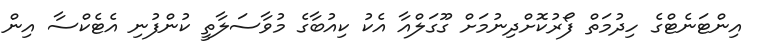
އިންޓަނެޓްގެ ހިދުމަތް ފޯރުކޮށްދިނުމަށް ގޫގަލްއާ އެކު ކިއުބާގެ މުވާސަލާތީ ކުންފުނި އެޓެކްސާ އިން